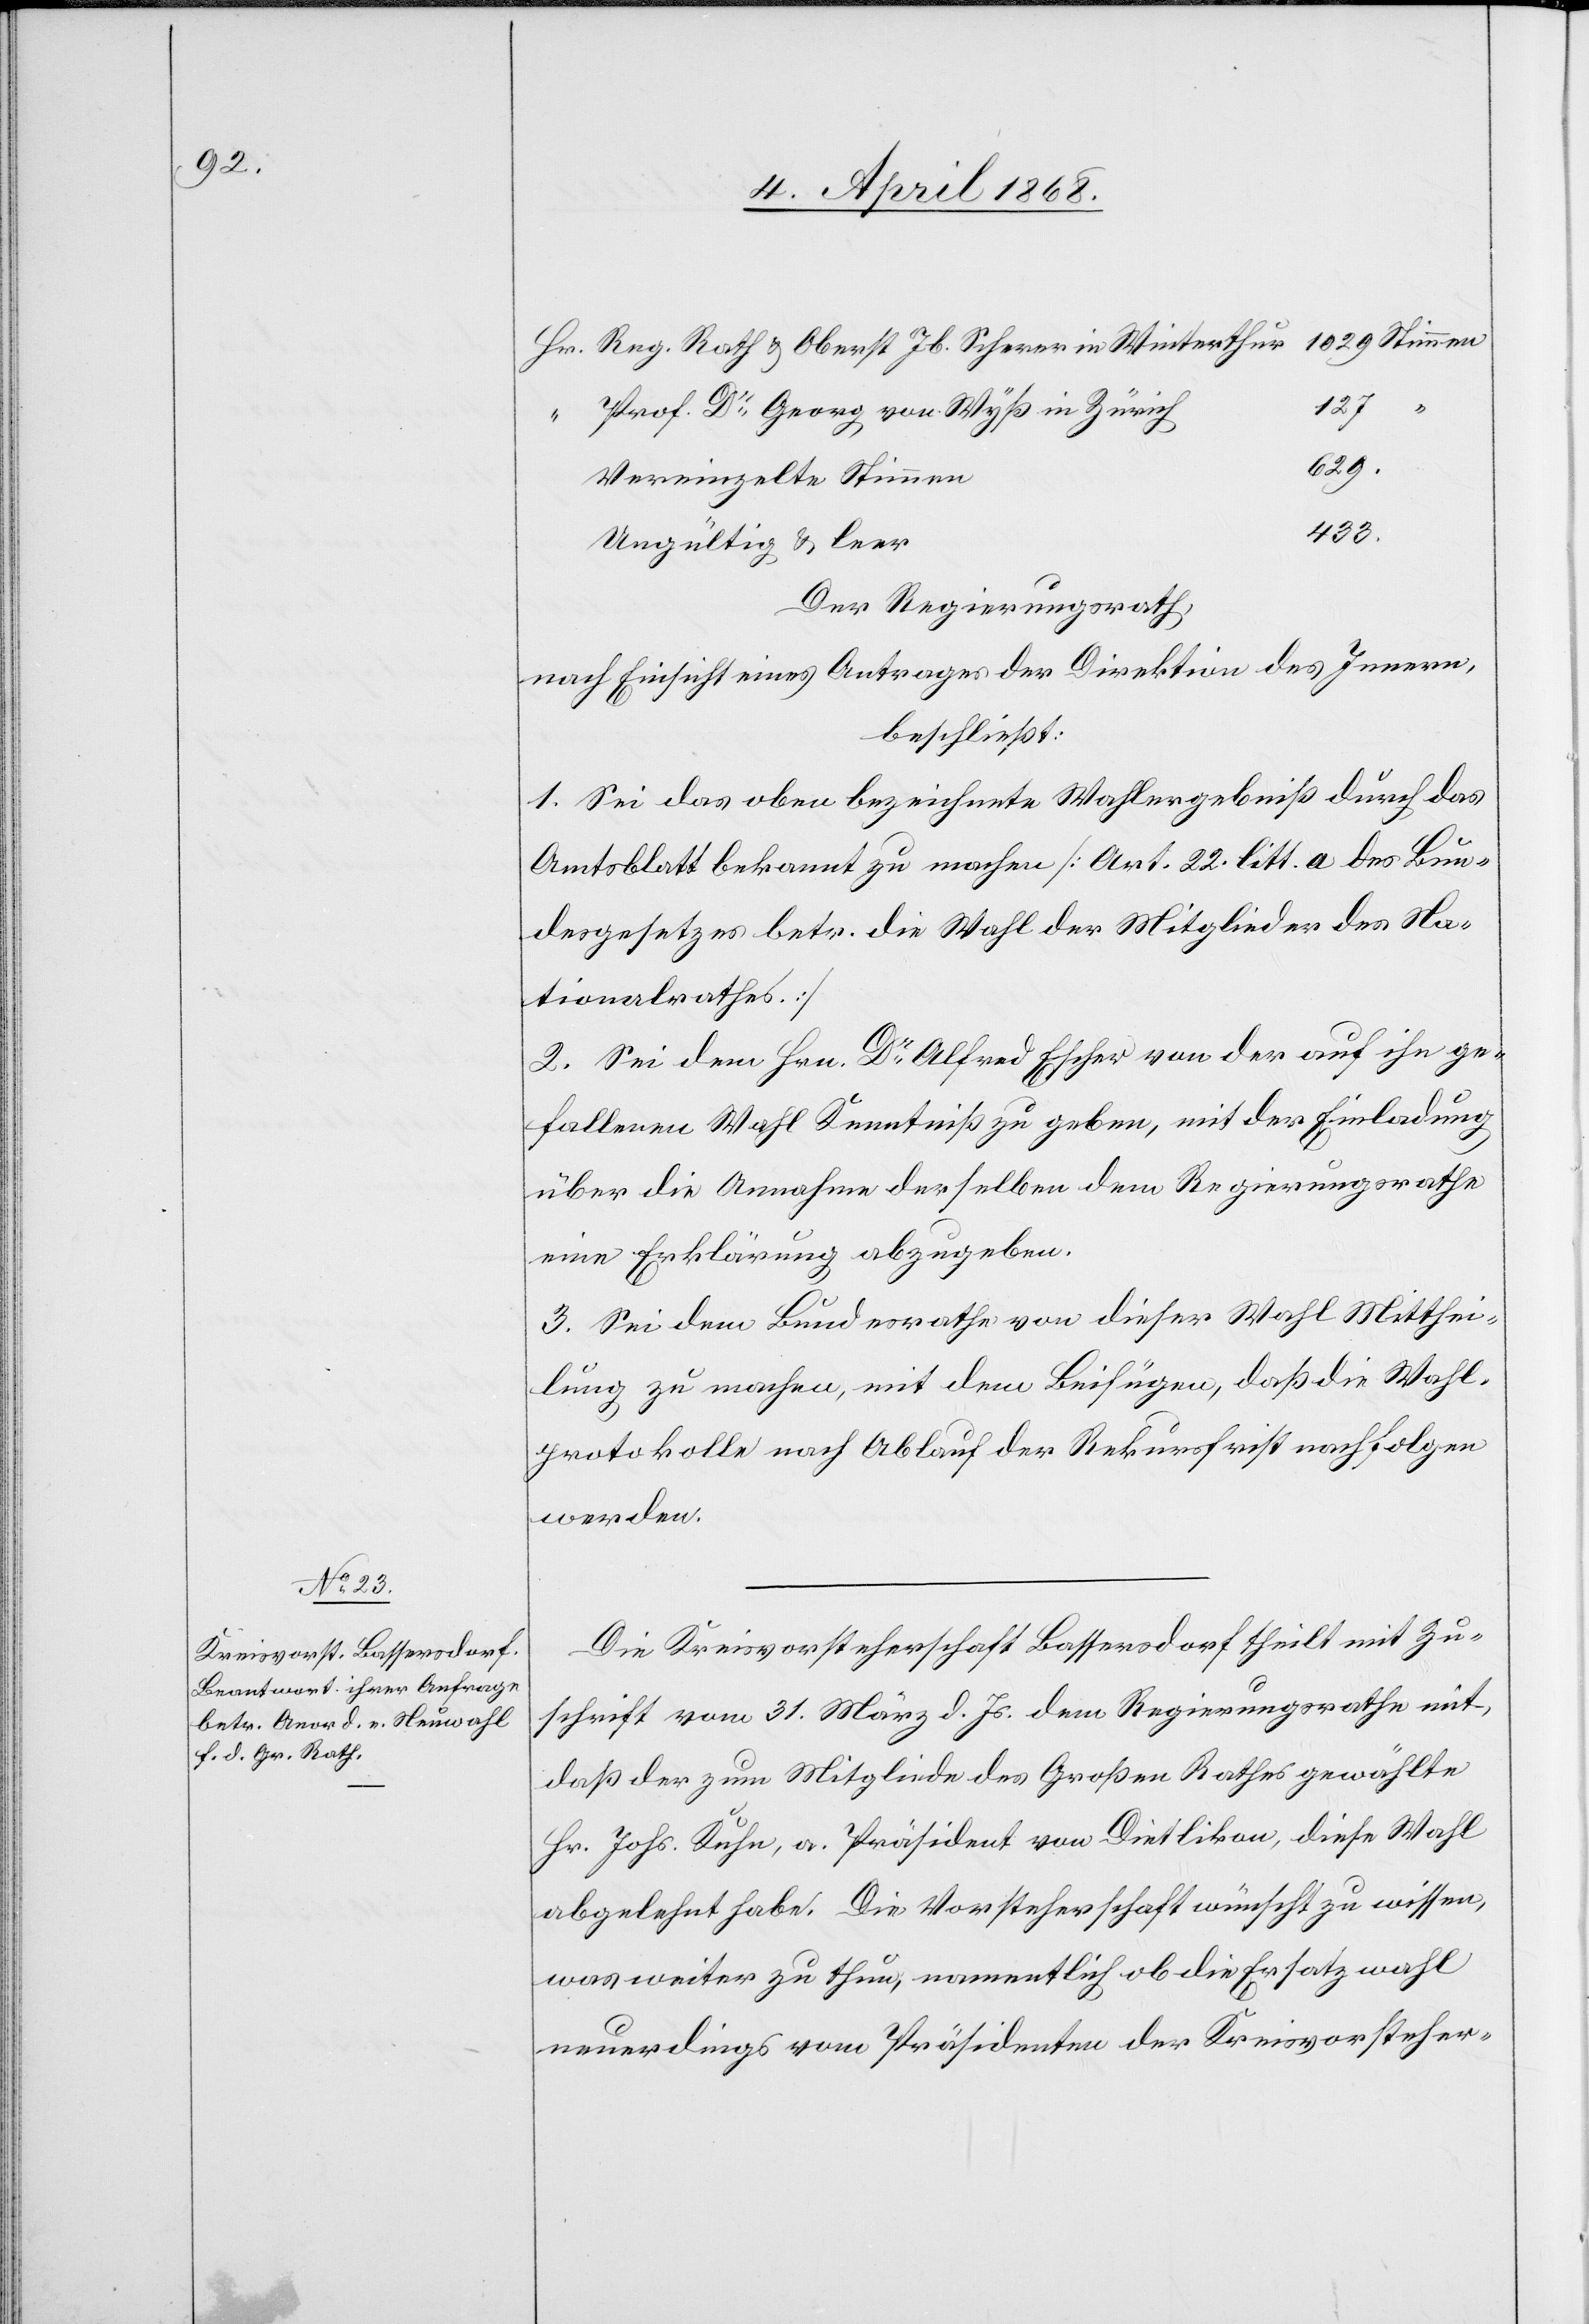
1029 Stimmen
Reg. Rath & Oberst Jb. Scherer in Winterthur
“
127
Prof. Dr. Georg von Wyß in Zürich
629.
Vereinzelte Stimmen
433.
Ungültig & leer
Der Regierungsrath,
nach Einsicht eines Antrages der Direktion des Innern,
beschließt:
1. Sei das oben bezeichnete Wahlergebniß durch das
Amtsblatt bekannt zu machen [Art. 22. litt. a des Bun¬
desgesetzes betr. die Wahl der Mitglieder des Na¬
tionalrathes.]
2. Sei dem Hrn. Dr. Alfred Escher von der auf ihn ge¬
fallenen Wahl Kenntniß zu geben, mit der Einladung
über die Annahme derselben dem Regierungsrathe
eine Erklärung abzugeben.
3. Sei dem Bundesrathe von dieser Wahl Mitthei¬
lung zu machen, mit dem Beifügen, daß die Wahl¬
protokolle nach Ablauf der Rekursfrist nachfolgen
werden.
Die Kreisvorsteherschaft Bassersdorf theilt mit Zu¬
schrift vom 31. März d. Js. dem Regierungsrathe mit,
daß der zum Mitgliede des Großen Rathes gewählte
Hr. Johs. Kuhn, a. Präsident von Dietlikon, diese Wahl
abgelehnt habe. Die Vorsteherschaft wünscht zu wissen,
was weiter zu thun, namentlich ob die Ersatzwahl
neuerdings vom Präsidenten der Kreisvorsteher-